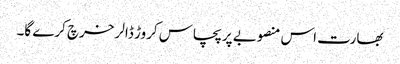
بھارت اس منصوبے پر پچاس کروڑ ڈالر خرچ کرے گا۔